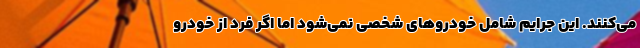
می‌کنند. این جرایم شامل خودروهای شخصی نمی‌شود اما اگر فرد از خودرو